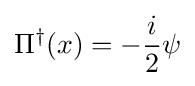
\Pi ^{\dagger }(x)=-{\frac {i}{2}}\psi